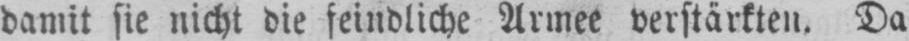
damit sie nicht die feindliche Armee verstärkten. Da